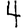
Digit: 4